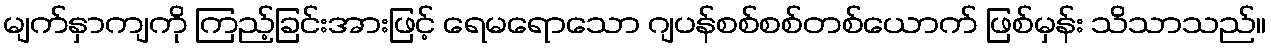
မျက်နှာကျကို ကြည့်ခြင်းအားဖြင့် ရေမရောသော ဂျပန်စစ်စစ်တစ်ယောက် ဖြစ်မှန်း သိသာသည်။